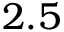
2 . 5